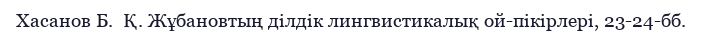
Хасанов Б.  Қ. Жұбановтың ділдік лингвистикалық ой-пікірлері, 23-24-бб.